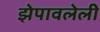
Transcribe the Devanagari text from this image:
झेपावलेली